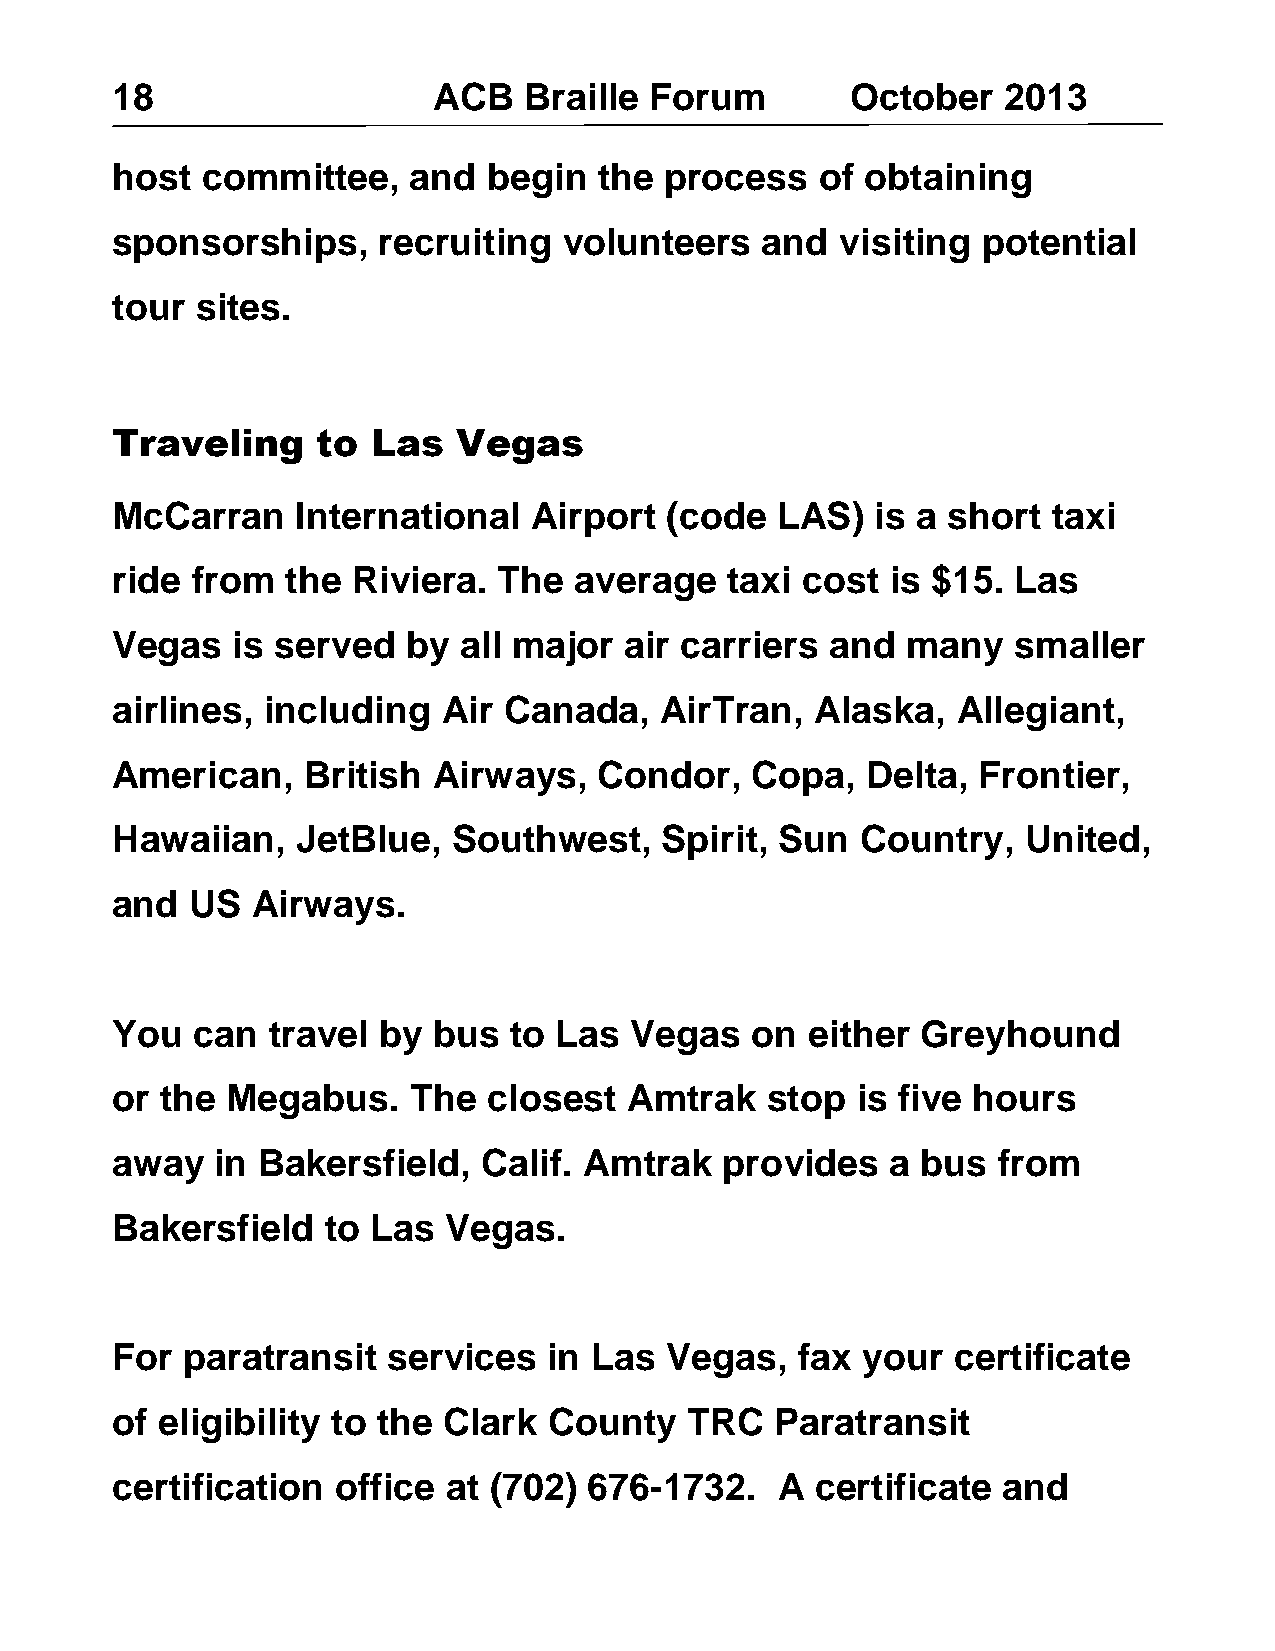
18                    ACB   Braille Forum        October   2013
 host  committee,    and  begin   the process   of obtaining
 sponsorships,     recruiting  volunteers   and   visiting potential
 tour  sites.
 Traveling     to  Las  Vegas
 McCarran     International  Airport  (code  LAS)   is a short  taxi
 ride  from  the Riviera.  The  average   taxi cost  is $15. Las
 Vegas   is served   by all major  air carriers  and  many   smaller
 airlines,  including  Air Canada,    AirTran,  Alaska,  Allegiant,
 American,    British  Airways,   Condor,   Copa,  Delta,  Frontier,
 Hawaiian,    JetBlue,  Southwest,    Spirit, Sun  Country,   United,
 and   US  Airways.
 You   can  travel by  bus  to Las  Vegas   on  either Greyhound
 or  the Megabus.    The  closest   Amtrak   stop  is five hours
 away   in Bakersfield,   Calif. Amtrak   provides   a bus  from
 Bakersfield    to Las  Vegas.
 For  paratransit   services  in Las  Vegas,   fax your  certificate
 of eligibility to the Clark  County   TRC   Paratransit
 certification  office  at (702) 676-1732.    A certificate and